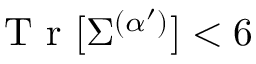
\mathrm { ~ T ~ r ~ } [ \Sigma ^ { ( \alpha ^ { \prime } ) } ] < 6